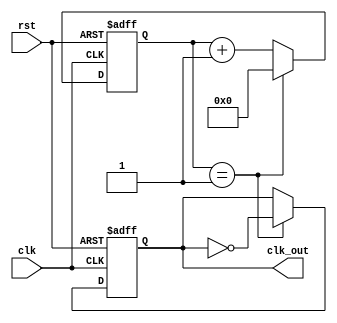
module ClockDivider #(
    parameter DIV_FACTOR = 2,  // Division factor
    parameter WIDTH = 8        // Bit-width of the counter
)(
    input  wire clk,           // Input clock
    input  wire rst,           // Asynchronous reset
    output reg  clk_out        // Divided clock output
);

    // Counter variable
    reg [WIDTH-1:0] counter;   

    // Always block to implement the clock division logic
    always @(posedge clk or posedge rst) begin
        if (rst) begin
            // Reset counter and output clock
            counter <= 0;
            clk_out <= 0;
        end else begin
            // Increment the counter
            if (counter == (DIV_FACTOR - 1)) begin
                // If the counter reaches the division factor, reset it
                counter <= 0;
                // Toggle the output clock
                clk_out <= ~clk_out;
            end else begin
                // Otherwise, just increment the counter
                counter <= counter + 1;
            end
        end
    end

endmodule